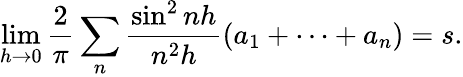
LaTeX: \operatorname*{lim}_{h\rightarrow 0}{\frac{2}{\pi}}\sum_{n}{\frac{\sin^{2}nh}{n^{2}h}}(a_{1}+\cdots+a_{n})=s.